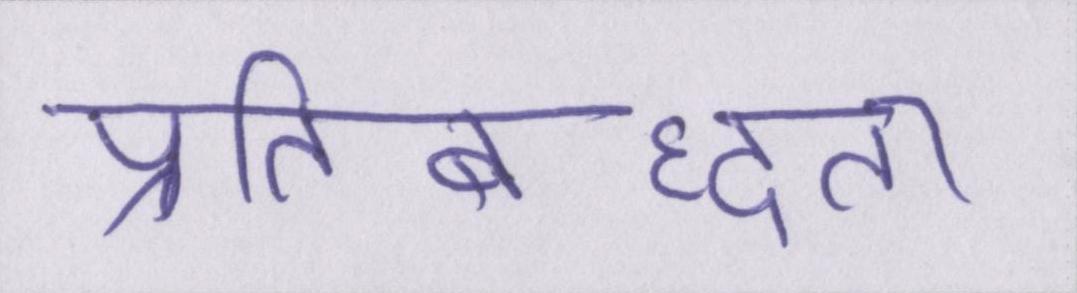
प्रतिबध्दता